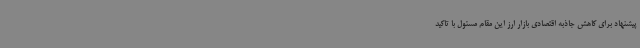
پیشنهاد برای کاهش جاذبه اقتصادی بازار ارز این مقام مسئول با تاکید